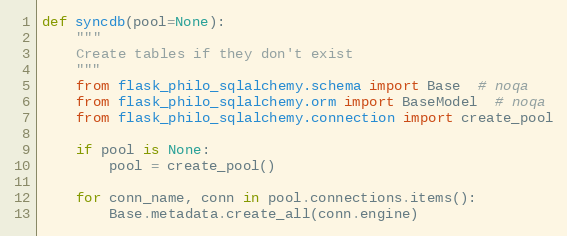
Language: Python
def syncdb(pool=None):
    """
    Create tables if they don't exist
    """
    from flask_philo_sqlalchemy.schema import Base  # noqa
    from flask_philo_sqlalchemy.orm import BaseModel  # noqa
    from flask_philo_sqlalchemy.connection import create_pool

    if pool is None:
        pool = create_pool()

    for conn_name, conn in pool.connections.items():
        Base.metadata.create_all(conn.engine)